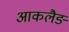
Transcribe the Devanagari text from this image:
आकलैङ